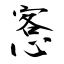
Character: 愙